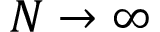
N \rightarrow \infty